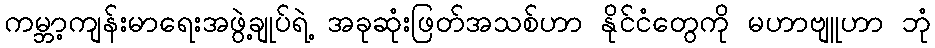
ကမ္ဘာ့ကျန်းမာရေးအဖွဲ့ချုပ်ရဲ့ အခုဆုံးဖြတ်အသစ်ဟာ နိုင်ငံတွေကို မဟာဗျူဟာ ဘုံ